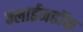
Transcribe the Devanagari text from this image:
क्लाईनहॉफ